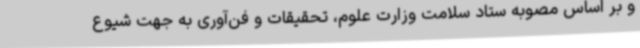
و بر اساس مصوبه ستاد سلامت وزارت علوم، تحقیقات و فن‌آوری به جهت شیوع